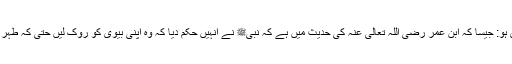
ایسے طہر میں طلاق نہ دے جس سے پچھلے حیض میں اس نے طلاق دی ہو: جیسا کہ ابن عمر رضی اللہ تعالیٰ عنہ کی حدیث میں ہے کہ نبیﷺ نے انہیں حکم دیا کہ وہ اپنی بیوی کو روک لیں حتی کہ طہر آ جائے پھر حیض آئے اور پھر طہر آجائے ، پھر اس طہر میں طلاق دیں۔